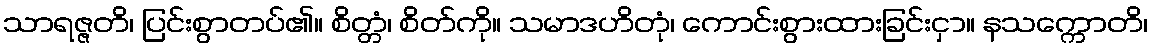
သာရဇ္ဇတိ၊ ပြင်းစွာတပ်၏။ စိတ္တံ၊ စိတ်ကို။ သမာဒဟိတုံ၊ ကောင်းစွားထားခြင်းငှာ။ နသက္ကောတိ၊